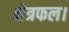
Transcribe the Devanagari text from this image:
क्षेत्रफल।